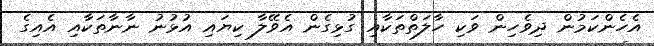
އެހެންކަމުން ދިވެހިން ވަކި ހާލަތްތަކާއި ގުޅިގެން އެވޭލާ ކިޔައި އުޅުނު ނާނާތަކާއި އެއިގެ